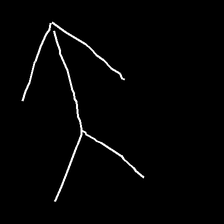
Glyph: gather